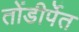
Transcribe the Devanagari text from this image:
तोंडीर्पेत